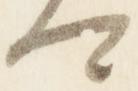
卿